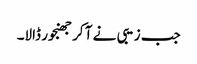
جب زیبی نے آ کر جھنجور ڈالا۔